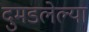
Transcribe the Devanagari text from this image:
दुमडलेल्या